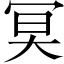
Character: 𠖇